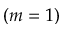
( m = 1 )